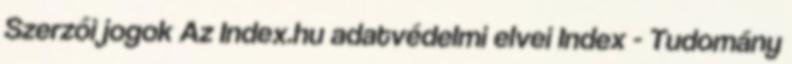
Szerzői jogok Az Index.hu adatvédelmi elvei Index - Tudomány